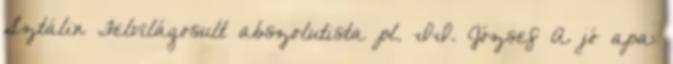
Sztálin Felvilágosult abszolutista pl. II. József A jó apa: